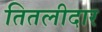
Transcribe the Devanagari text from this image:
तितलीदार